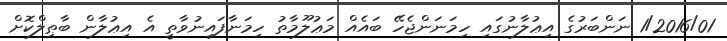
1/2016/01 ނަންބަރުގެ އިޢުލާނުގައި ހިމަނަންޖެހޭ ބައެއް މަޢުލޫމާތު ހިމަނާފައިނުވާތީ އެ އިޢުލާން ބާޠިލްކޮށް